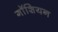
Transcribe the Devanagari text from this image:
गॉशियन